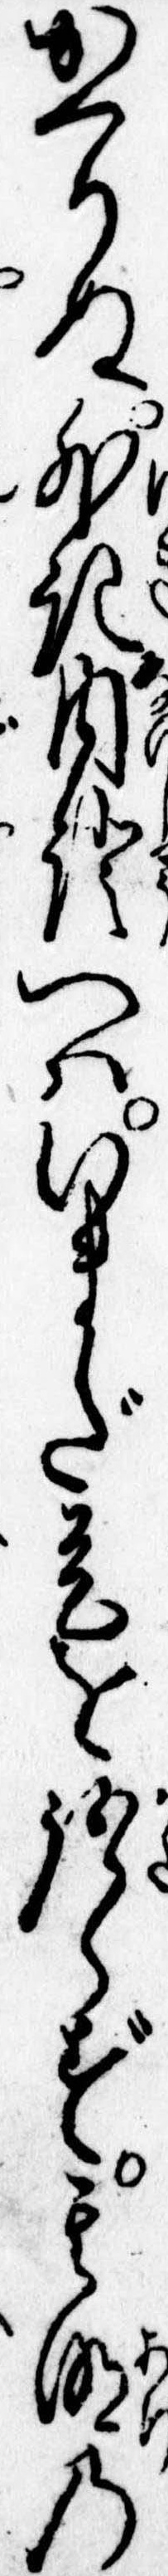
かへりぬ外記内証へはいまだ是を語らず其明の